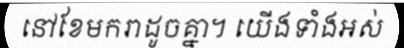
នៅខែមករាដូចគ្នា។ យើងទាំងអស់